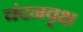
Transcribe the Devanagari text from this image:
चंदनवृक्ष